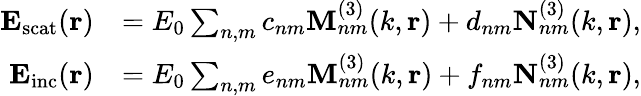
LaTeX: \begin{array}{rl}{\mathbf{E_{\mathrm{scat}}}(\mathbf{r})}&{=E_{0}\sum_{n,m}c_{nm}\mathbf{M}_{nm}^{(3)}(k,\mathbf{r})+d_{nm}\mathbf{N}_{nm}^{(3)}(k,\mathbf{r}),}\\ {\mathbf{E_{\mathrm{inc}}}(\mathbf{r})}&{=E_{0}\sum_{n,m}e_{nm}\mathbf{M}_{nm}^{(3)}(k,\mathbf{r})+f_{nm}\mathbf{N}_{nm}^{(3)}(k,\mathbf{r}),}\end{array}